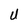
Character: U